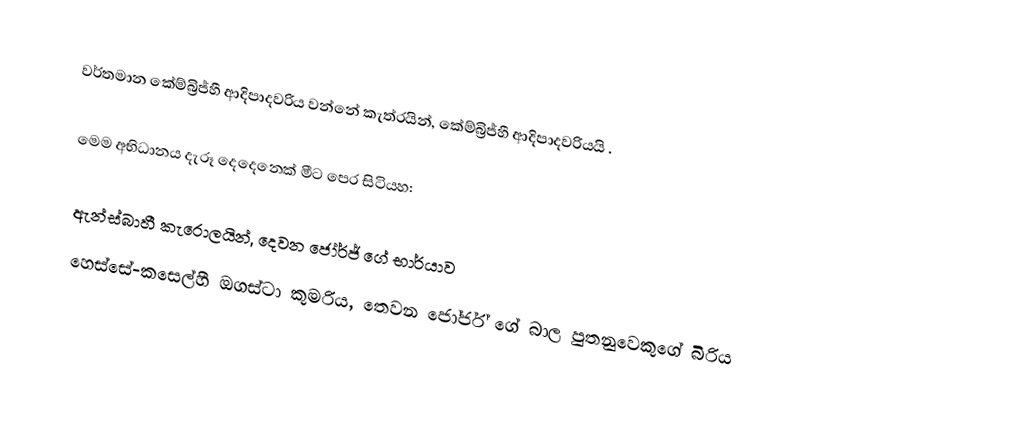
වර්තමාන කේම්බ්‍රිජ්හී ආදිපාදවරිය  වන්නේ කැත්රයින්, කේම්බ්‍රිජ්හී ආදිපාදවරියයි .

මෙම අභිධානය දැරූ දෙදෙනෙක් මීට පෙර සිටියහ:

 ඇන්ස්බාහී කැරොලයින්, දෙවන ජෝර්ජ් ගේ භාර්යාව
 හෙස්සේ-කසෙල්හී ඔගස්ටා කුමරිය, තෙවන ජෝර්ජ් ගේ බාල පුතනුවෙකුගේ බිරිය